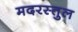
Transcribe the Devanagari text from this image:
मदरस्तुल